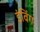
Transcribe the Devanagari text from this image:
इंविंग